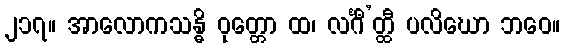
၂၁၇။ အာလောကသန္ဓိ ဝုတ္တော ထ၊ လင်္ဂီ’တ္ထီ ပလိဃော ဘဝေ။